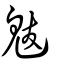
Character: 魃